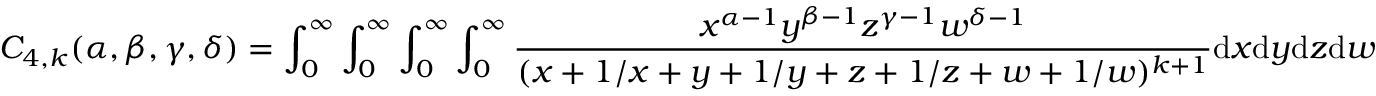
C _ { 4 , k } ( \alpha , \beta , \gamma , \delta ) = \int _ { 0 } ^ { \infty } \int _ { 0 } ^ { \infty } \int _ { 0 } ^ { \infty } \int _ { 0 } ^ { \infty } \frac { x ^ { \alpha - 1 } y ^ { \beta - 1 } z ^ { \gamma - 1 } w ^ { \delta - 1 } } { ( x + 1 / x + y + 1 / y + z + 1 / z + w + 1 / w ) ^ { k + 1 } } \mathrm { d } x \mathrm { d } y \mathrm { d } z \mathrm { d } w